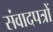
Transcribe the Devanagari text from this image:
संवादपत्रों